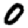
Digit: 0